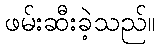
ဖမ်းဆီးခဲ့သည်။